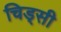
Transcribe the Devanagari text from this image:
चिड्सी